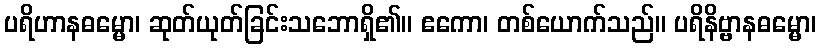
ပရိဟာနဓမ္မော၊ ဆုတ်ယုတ်ခြင်းသဘောရှိ၏။ ဧကော၊ တစ်ယောက်သည်။ ပရိနိဗ္ဗာနဓမ္မော၊